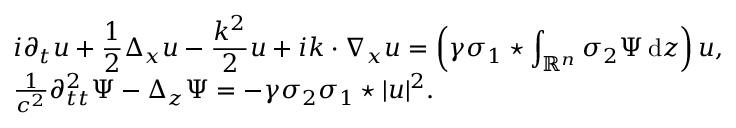
\begin{array} { r l } & { i \partial _ { t } u + \displaystyle \frac 1 2 \Delta _ { x } u - \displaystyle \frac { k ^ { 2 } } { 2 } u + i k \cdot \nabla _ { x } u = \left( \gamma \sigma _ { 1 } \star \displaystyle \int _ { \mathbb R ^ { n } } \sigma _ { 2 } \Psi \, { \mathrm { d } } z \right) u , } \\ & { \frac { 1 } { c ^ { 2 } } \partial _ { t t } ^ { 2 } \Psi - \Delta _ { z } \Psi = - \gamma \sigma _ { 2 } \sigma _ { 1 } \star | u | ^ { 2 } . } \end{array}